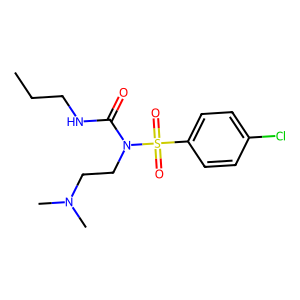
SMILES: CCCNC(=O)N(CCN(C)C)S(=O)(=O)c1ccc(Cl)cc1
Inhibits HIV replication: No